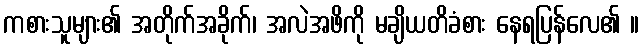
ကစားသူများ၏ အတိုက်အခိုက်၊ အလဲအဖိကို မချိယတိခံစား နေရပြန်လေ၏ ။